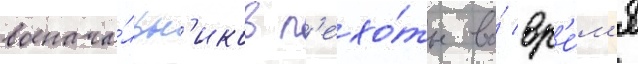
военача́льн'иков п'ехо́ты во́ вр'е́м'я